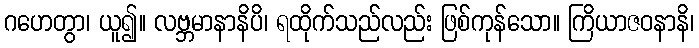
ဂဟေတွာ၊ ယူ၍။ လဗ္ဘမာနာနိပိ၊ ရထိုက်သည်လည်း ဖြစ်ကုန်သော။ ကြိယာဇဝနာနိ၊